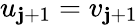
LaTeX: u_{\mathbf{j}+1}=v_{\mathbf{j}+1}